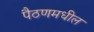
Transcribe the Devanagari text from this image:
पैठणमधील